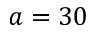
a = 3 0